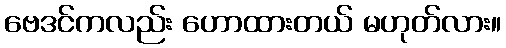
ဗေဒင်ကလည်း ဟောထားတယ် မဟုတ်လား။